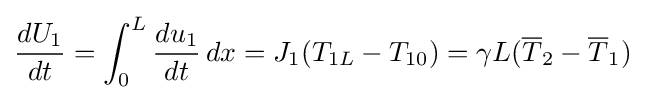
{\frac {dU_{1}}{dt}}=\int _{0}^{L}{\frac {du_{1}}{dt}}\,dx=J_{1}(T_{1L}-T_{10})=\gamma L({\overline {T}}_{2}-{\overline {T}}_{1})